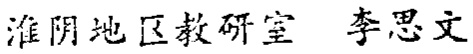
淮阴地区教研室 李思文